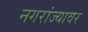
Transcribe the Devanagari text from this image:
नगरांज्यावर